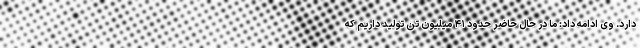
دارد. وی ادامه داد: ما در حال حاضر حدود ۴۱ میلیون تن تولید داریم که